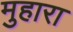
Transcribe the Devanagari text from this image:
मुहारा